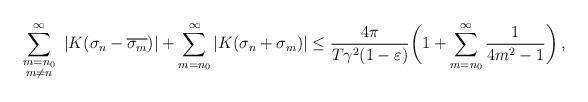
LaTeX: \begin{align*}\sum_{\substack{m=n_0\\ m\not=n}}^\infty\ |K( \sigma_{n}-\overline{\sigma_m})|+\sum_{m=n_0}^\infty|K( \sigma_n+\sigma_m)|\le\frac{4\pi}{T\gamma^2(1-\varepsilon)}\bigg(1+\sum_{m=n_0}^\infty\frac{1}{4m^{2}-1}\bigg)\,,\end{align*}